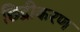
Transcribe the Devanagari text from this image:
छिद्रीकरण